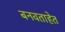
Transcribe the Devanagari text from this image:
बनवताहेत